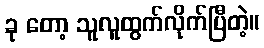
ခု တော့ သူလူထွက်လိုက်ပြီတဲ့။